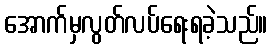
အောက်မှလွတ်လပ်ရေးရခဲ့သည်။